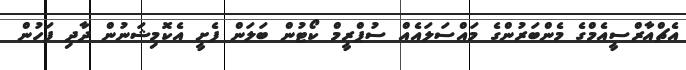
އެޗްއާރްސީއެމްގެ މެންބަރުންގެ މައްސަލައެއް ސުޕްރީމް ކޯޓުން ބަލަން ފެށީ އެކޮމިޝަނުން ދާދި ފަހުން